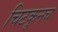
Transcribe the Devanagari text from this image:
चिटकूनच